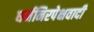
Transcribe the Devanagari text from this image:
धर्मनिरपेक्षवादी